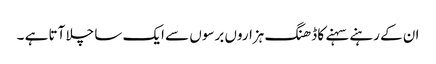
ان کے رہنے سہنے کا ڈھنگ ہزاروں برسوں سے ایک سا چلا آتا ہے ۔